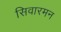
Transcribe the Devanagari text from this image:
सिवारमन